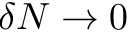
\delta N \to 0